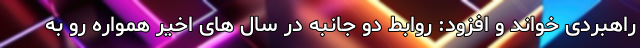
راهبردی خواند و افزود: روابط دو جانبه در سال های اخیر همواره رو به